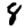
Digit: 8